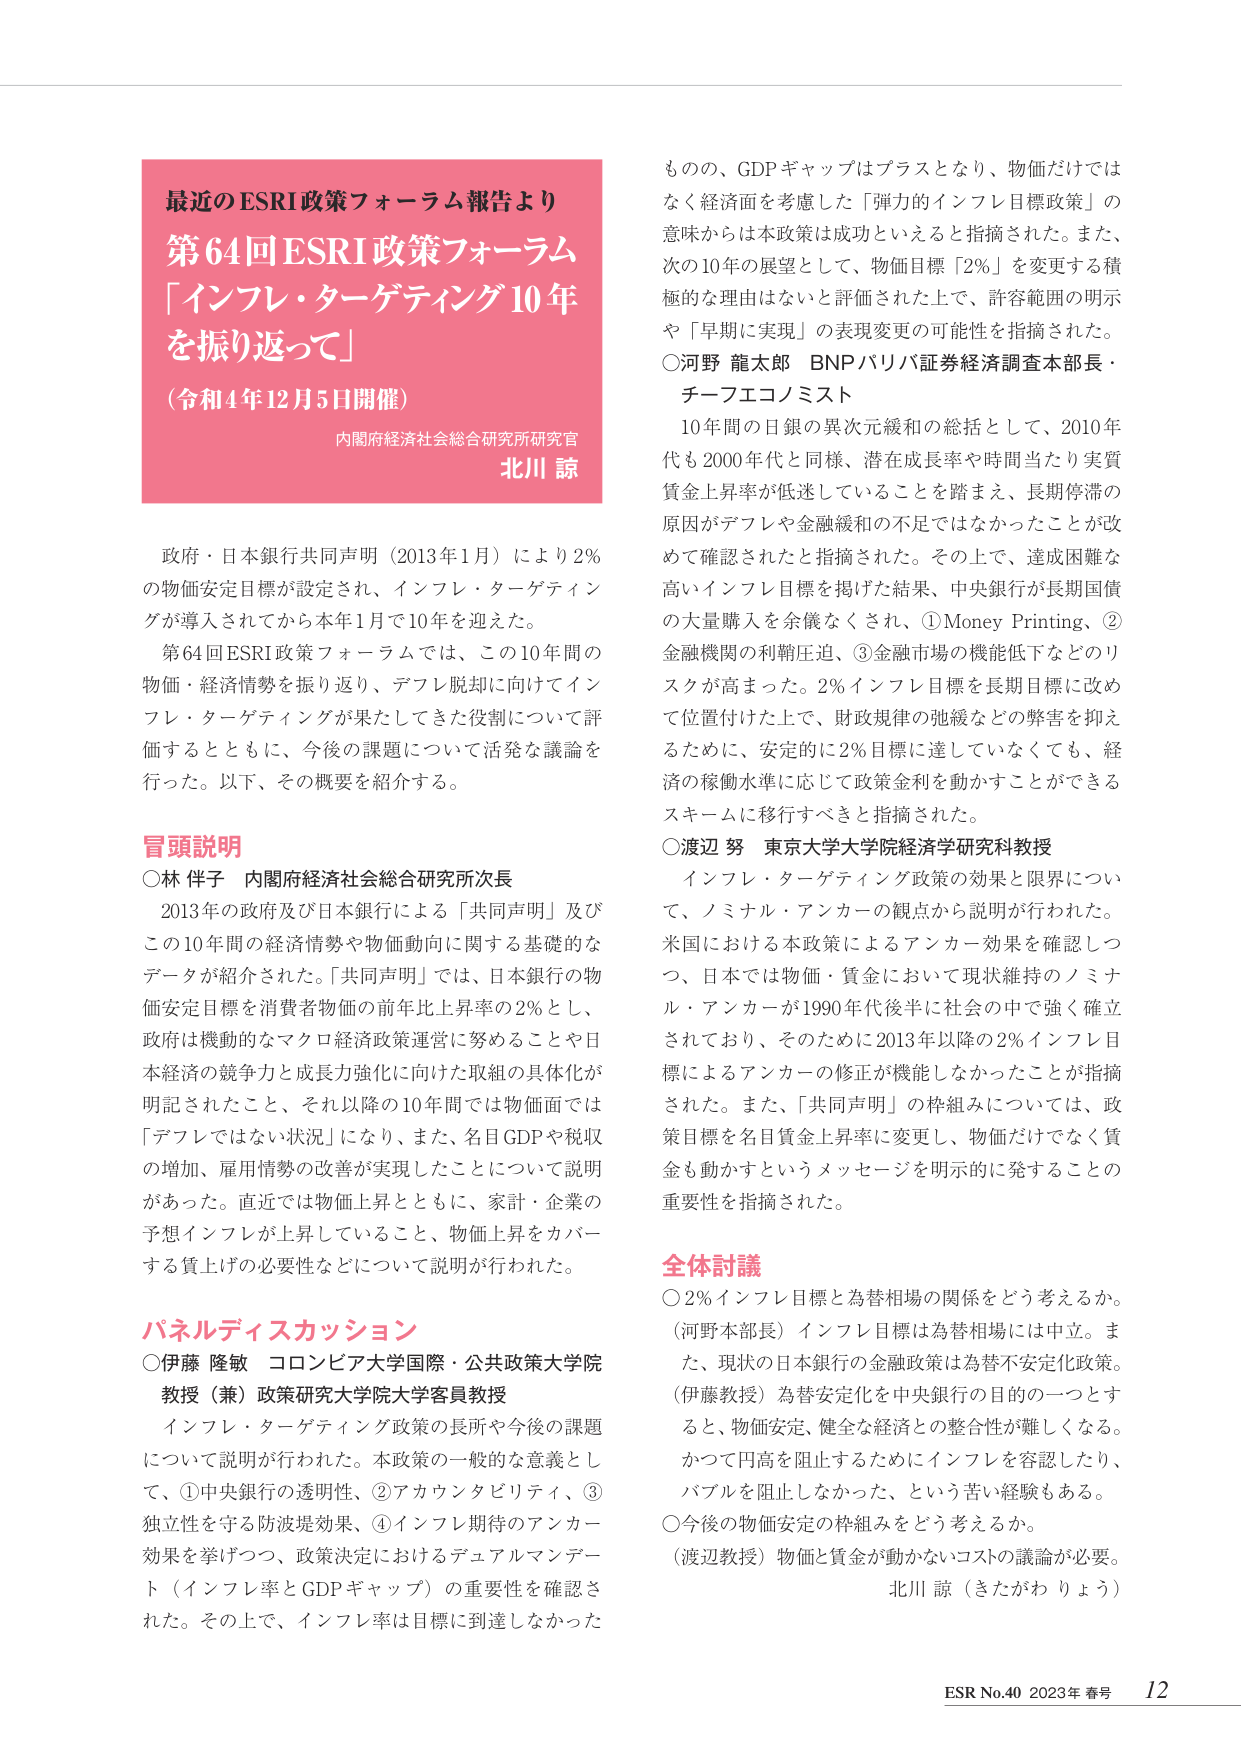
最近のESRI政策フォーラム報告より
第64回ESRI政策フォーラム
「インフレ・ターゲティング10年を振り返って」
（令和4年12月5日開催）
内閣府経済社会総合研究所研究官
北川 諒

政府・日本銀行共同声明（2013年1月）により2%の物価安定目標が設定され、インフレ・ターゲティングが導入されてから本年1月で10年を迎えた。
第64回ESRI政策フォーラムでは、この10年間の物価・経済情勢を振り返り、デフレ脱却に向けてインフレ・ターゲティングが果たしてきた役割について評価するとともに、今後の課題について活発な議論を行った。以下、その概要を紹介する。

冒頭説明
○林 伴子 内閣府経済社会総合研究所次長
2013年の政府及び日本銀行による「共同声明」及びこの10年間の経済情勢や物価動向に関する基礎的なデータが紹介された。「共同声明」では、日本銀行の物価安定目標を消費者物価の前年比上昇率の2%とし、政府は機動的なマクロ経済政策運営に努めることや日本経済の競争力と成長力強化に向けた取組の具体化が明記されたこと、それ以降の10年間では物価面では「デフレではない状況」になり、また、名目GDPや税収の増加、雇用情勢の改善が実現したことについて説明があった。直近では物価上昇とともに、家計・企業の予想インフレが上昇していること、物価上昇をカバーする賃上げの必要性などについて説明が行われた。

パネルディスカッション
○伊藤 隆敏 コロンビア大学国際・公共政策大学院教授（兼）政策研究大学院大学客員教授
インフレ・ターゲティング政策の長所や今後の課題について説明が行われた。本政策の一般的な意義として、①中央銀行の透明性、②アカウンタビリティ、③独立性を守る防波堤効果、④インフレ期待のアンカー効果を挙げつつ、政策決定におけるデュアルマンデート（インフレ率とGDPギャップ）の重要性を確認された。その上で、インフレ率は目標に到達しなかった

ものの、GDPギャップはプラスとなり、物価だけではなく経済面を考慮した「弾力的インフレ目標政策」の意味からは本政策は成功といえると指摘された。また、次の10年の展望として、物価目標「2%」を変更する積極的な理由はないと評価された上で、許容範囲の明示や「早期に実現」の表現変更の可能性を指摘された。
○河野 龍太郎 BNPパリバ証券経済調査本部長・チーフエコノミスト
10年間の日銀の異次元緩和の総括として、2010年代も2000年代と同様、潜在成長率や時間当たり実質賃金上昇率が低迷していることを踏まえ、長期停滞の原因がデフレや金融緩和の不足ではなかったことが改めて確認されたと指摘された。その上で、達成困難な高いインフレ目標を掲げた結果、中央銀行が長期国債の大量購入を余儀なくされ、①Money Printing、②金融機関の利鞘圧迫、③金融市場の機能低下などのリスクが高まった。2%インフレ目標を長期目標に改めて位置付けた上で、財政規律の弛緩などの弊害を抑えるために、安定的に2%目標に達していなくても、経済の稼働水準に応じて政策金利を動かすことができるスキームに移行すべきと指摘された。
○渡辺 努 東京大学大学院経済学研究科教授
インフレ・ターゲティング政策の効果と限界について、ノミナル・アンカーの観点から説明が行われた。米国における本政策によるアンカー効果を確認しつつ、日本では物価・賃金において現状維持のノミナル・アンカーが1990年代後半に社会の中で強く確立されており、そのために2013年以降の2%インフレ目標によるアンカーの修正が機能しなかったことが指摘された。また、「共同声明」の枠組みについては、政策目標を名目賃金上昇率に変更し、物価だけでなく賃金も動かすというメッセージを明示的に発することの重要性を指摘された。

全体討論
○2%インフレ目標と為替相場の関係をどう考えるか。
（河野本部長）インフレ目標は為替相場には中立。また、現状の日本銀行の金融政策は為替不安定化政策。
（伊藤教授）為替安定化を中央銀行の目的の一つとすると、物価安定、健全な経済との整合性が難しくなる。かつて円高を阻止するためにインフレを容認したり、バブルを阻止しなかった、という苦い経験もある。
○今後の物価安定の枠組みをどう考えるか。
（渡辺教授）物価と賃金が動かないコストの議論が必要。
北川 諒（きたがわ りょう）

ESR No.40 2023年 春号 12